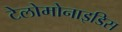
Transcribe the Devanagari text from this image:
टेलोमोनाइडिस